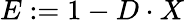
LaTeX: E:=1-D\cdot X